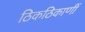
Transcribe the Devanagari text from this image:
ठिकठिकाणीं